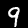
Label: 9